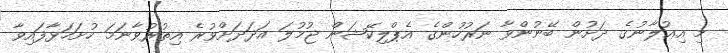
މި އިޢުލާނުގެ ދަށުން ބޭނުންވާ ނަރުހުންގެ އެޕްލިކޭޝަން ޖުމުލަ އަދަދަށްވުރެ އިތުރުވާނަމަ ހުށަހަޅާފައިވާ